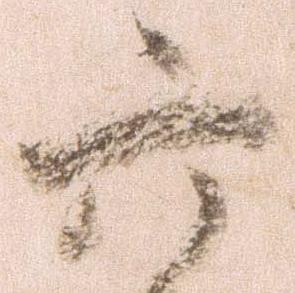
六